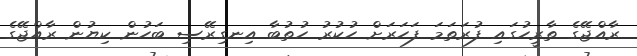
ރާއްޖޭގެ ތާރީހުގައި ފުރަތަމަ ފަހަރަށް ހުކުރު ހުތުބާ އިނގިރޭސި ބަހުން ކިޔުން ރާއްޖޭގެ